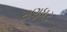
સણધર